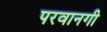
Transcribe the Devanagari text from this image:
परवानगी